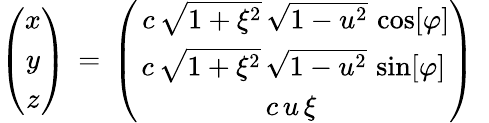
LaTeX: \begin{array}{r}{\left(\begin{array}{c}{x}\\ {y}\\ {z}\end{array}\right)\, =\, \left(\begin{array}{c}{\, c\, \sqrt{1+\xi^{2}}\, \sqrt{1-u^{2}}\, \cos[\varphi]}\\ {c\, \sqrt{1+\xi^{2}}\, \sqrt{1-u^{2}}\, \sin[\varphi]}\\ {c\, u\, \xi\, }\end{array}\right)\ \ }\end{array}